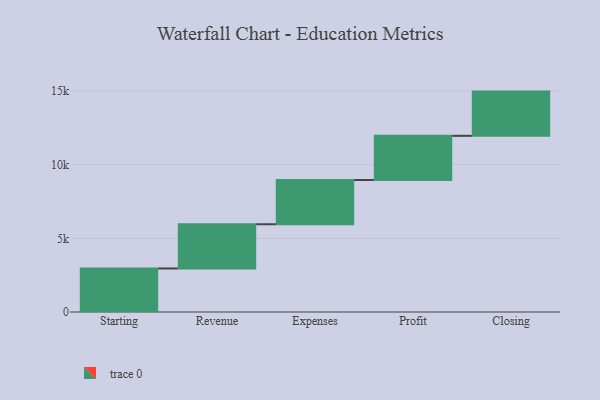
{"axis": {"x": "Step", "y": "Value"}, "legend": [""], "data": [{"x": "Starting", "y": 2954.0, "type": ""}, {"x": "Revenue", "y": 3000, "type": ""}, {"x": "Expenses", "y": 3000, "type": ""}, {"x": "Profit", "y": 3000, "type": ""}, {"x": "Closing", "y": 3000, "type": ""}]}